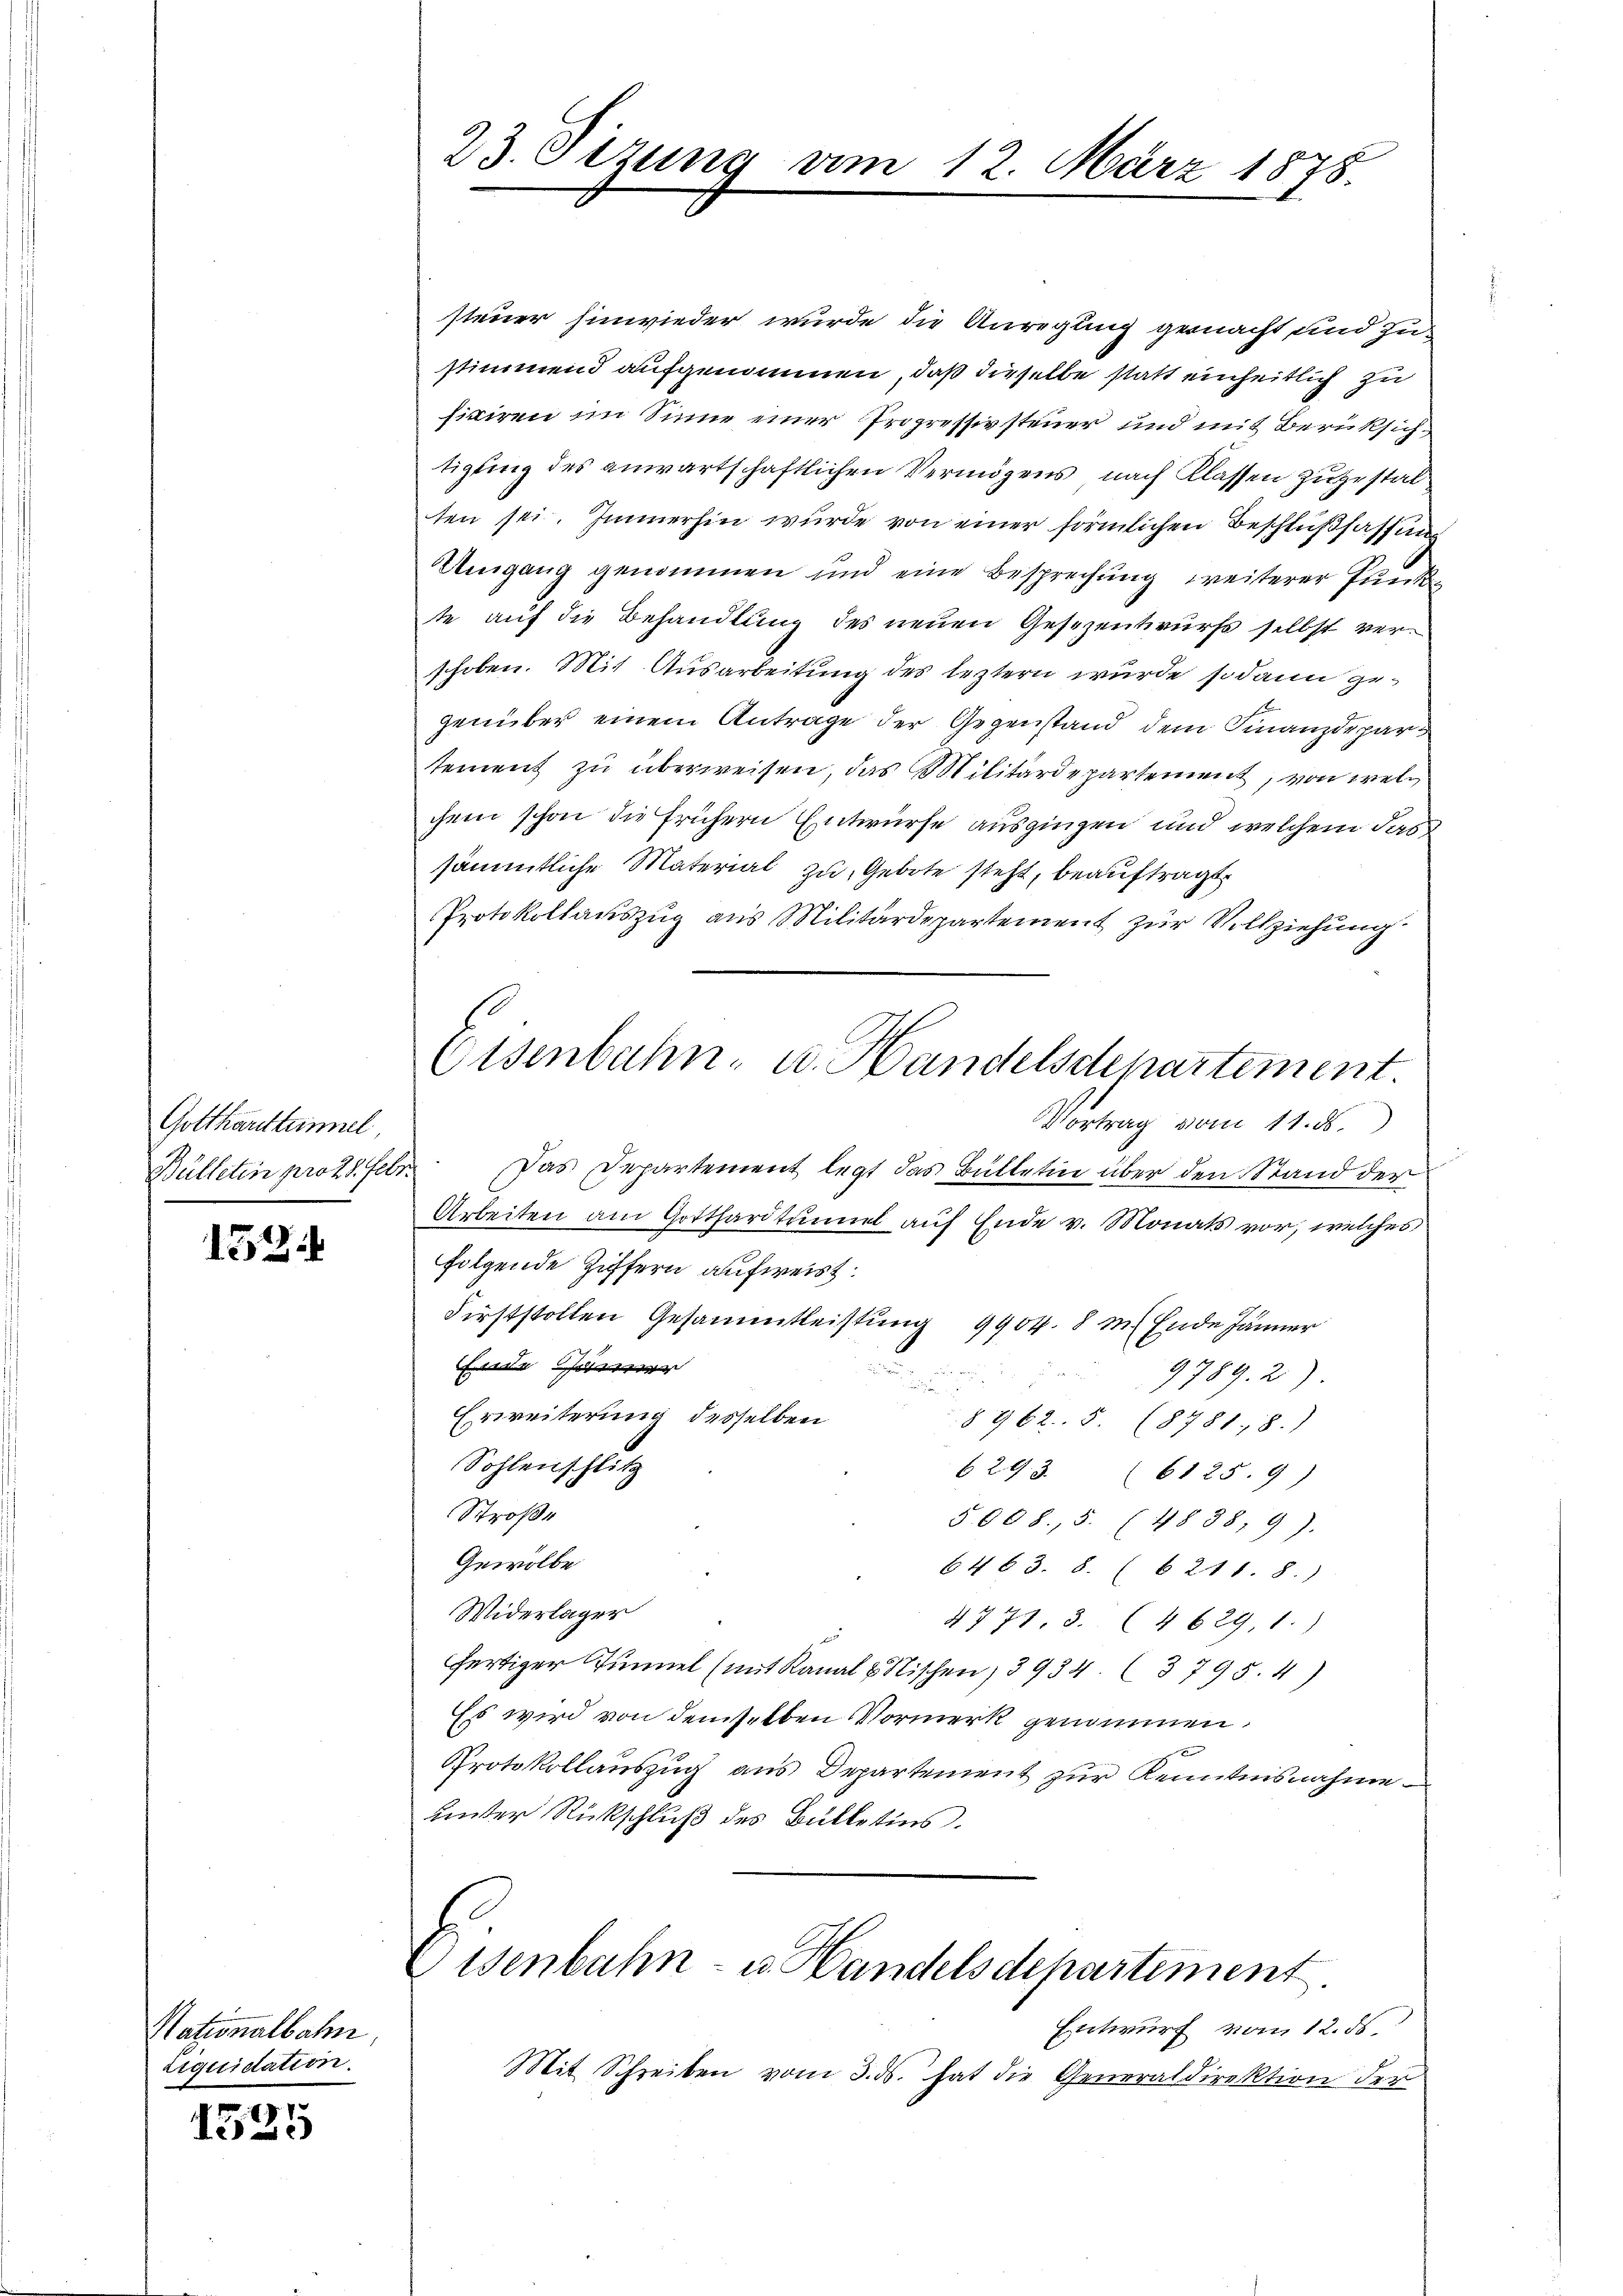
Gotthardtunnel,
Bülletin pro 28. Febr.

153

Nationalbahn
riquidation.

1535

23. Sizung vom 12. März 1878.

steuer hinwieder wurde die Anregung gemacht und zu
stimmend aufgenommen, daß dieselbe statt einheitlich zu
ficiren im Sinne einer Propressivsteuer und mit Berüksichtigung des anwartschaftlichen Vermögens nach Klassen zugestalten sei. Immerhin wurde von einer förmlichen Beschlußfassung
Umgang genommen und eine Besprechung weiterer Funkte auf die Behandlung des neuen Gesezentwurfs selbst verschoben. Mit Ausarbeitung des leztern wurde sodann gegenüber einem Antrage der Gegenstand dem Finanzdepar
sement zu überweisen, das Militärdepartement, von wel
chem schon die frühern Entwurfe ausgingen und welchem das
sämmtliche Material zu Gebote steht, beauftragt.
Protokollauszug aus Militärdepartement zur Vollziehung
Vortrag vom 11. d.
Das Departement legt das Bülletin über den Stand der
Arbeiten am Gotthardtunnel auf Ende v. Monats vor, welches
folgende Ziffern aufweist.
Firststollen Gesammtleistung 9904. 8 m (Ende Jänner
Ende Gener

9789. 2)

Erweiterung desselben
§ 462. 5. (8781; 8.)
Sohlenschlitz
6293 (6125. 9)
Straße
5008.5. (4838, 9).
Gewölbe
6463. 8. (6 211. 8.)
Widerlager
4771, 3. (4629, 1.)
fertiger Tunnel (mit Kanal & Nischen, 3934. (3795. 4)
Es wird von demselben Vormerk genommen,
Protokollauszug aus Departement zur Kenntnisnahme
unter Rückschluß des Bülletins.

Osenbahn, u. Handelsdepartement.

isenbahn- u. Handelsdepartement.

Entwurf vom 12. ds.
Mit Schreiben vom 3. ds. hat die Generaldirektion der